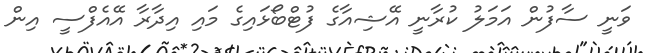
ވަނީ ސާފުން އަމަލު ކުރާނީ އޭޝިއާގެ ފުޓްބޯޅައިގެ މައި އިދާރާ އޭއެފްސީ އިން